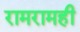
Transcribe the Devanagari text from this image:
रामरामही